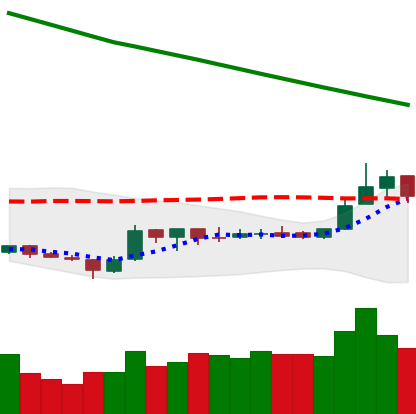
Ticker: ETC-USD
Chart end date: 2019-02-21
Forward return: -3.976%
Label: down_3_5